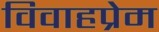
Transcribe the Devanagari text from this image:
विवाहप्रेम